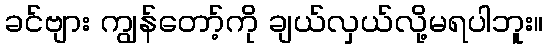
ခင်ဗျား ကျွန်တော့်ကို ချယ်လှယ်လို့မရပါဘူး။